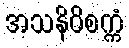
အသနိဝိစက္ကံ